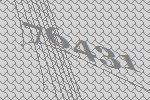
76431